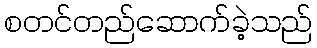
စတင်တည်ဆောက်ခဲ့သည်